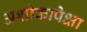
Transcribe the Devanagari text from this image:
अशोकापेक्षा